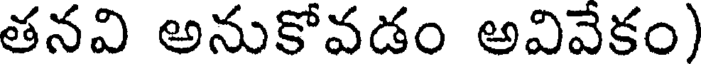
తనవి అనుకోవడం అవివేకం)